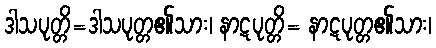
ဒါသပုတ္တိ=ဒါသပုတ္တ၏သား၊ နာဋပုတ္တိ= နာဋပုတ္တ၏သား၊